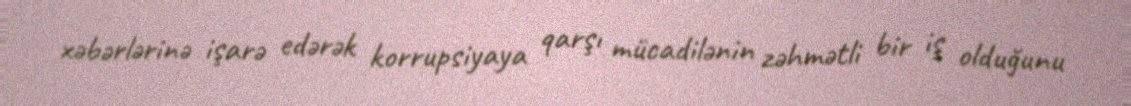
xəbərlərinə işarə edərək korrupsiyaya qarşı mücadilənin zəhmətli bir iş olduğunu